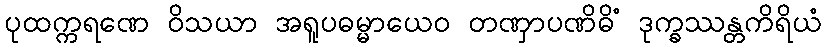
ပုထက္ကရဏေ ဝိသယာ အရူပဓမ္မာယေဝ တဏှာပဏိဓိံ ဒုက္ခဿန္တကိရိယံ